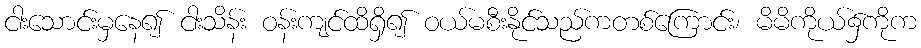
ငါးသောင်းမှနေ၍ ငါးသိန်း ဝန်းကျင်ထိရှိ၍ ဝယ်မစီးနိုင်သည်ကတစ်ကြောင်း၊ မိမိကိုယ်၌ကိုက